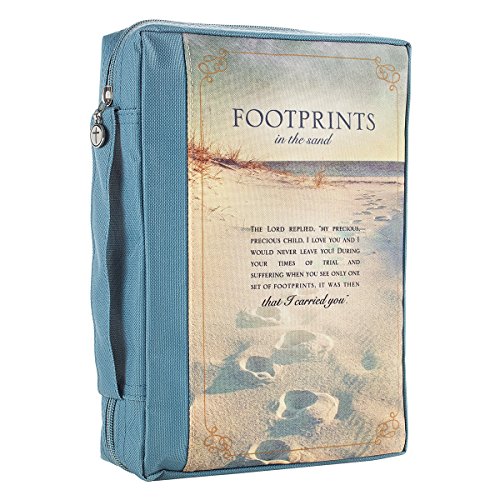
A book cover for "Footprints" Poem Printed Blue Poly-Canvas Bible / Book Cover (Large); Christian Art Gifts; Religion & Spirituality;